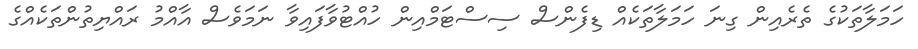
ހަމަލާތަކުގެ ތެރެއިން ގިނަ ހަމަލާތަކެއް ޑިފެންސް ސިސްޓަމްއިން ހުއްޓުވާފައިވާ ނަމަވެސް އާއްމު ރައްޔިތުންތަކެއްގެ